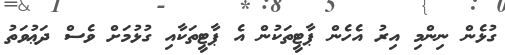
ގުޅެން ނިންމި އިރު އެހެން ޕާޓީތަކުން އެ ޕާޓީތަކާއި ގުޅުމަށް ވެސް ދަޢުވަތު